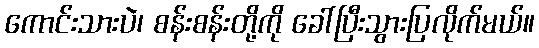
ကောင်းသားပဲ၊ စန်းစန်းတို့ကို ခေါ်ပြီးသွားပြလိုက်မယ်။